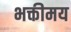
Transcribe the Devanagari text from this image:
भक्तीमय